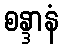
စန္ဒာနံ